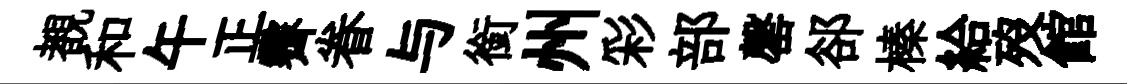
覩和午正霽眷与銜州彩部罄郤榛給歿館